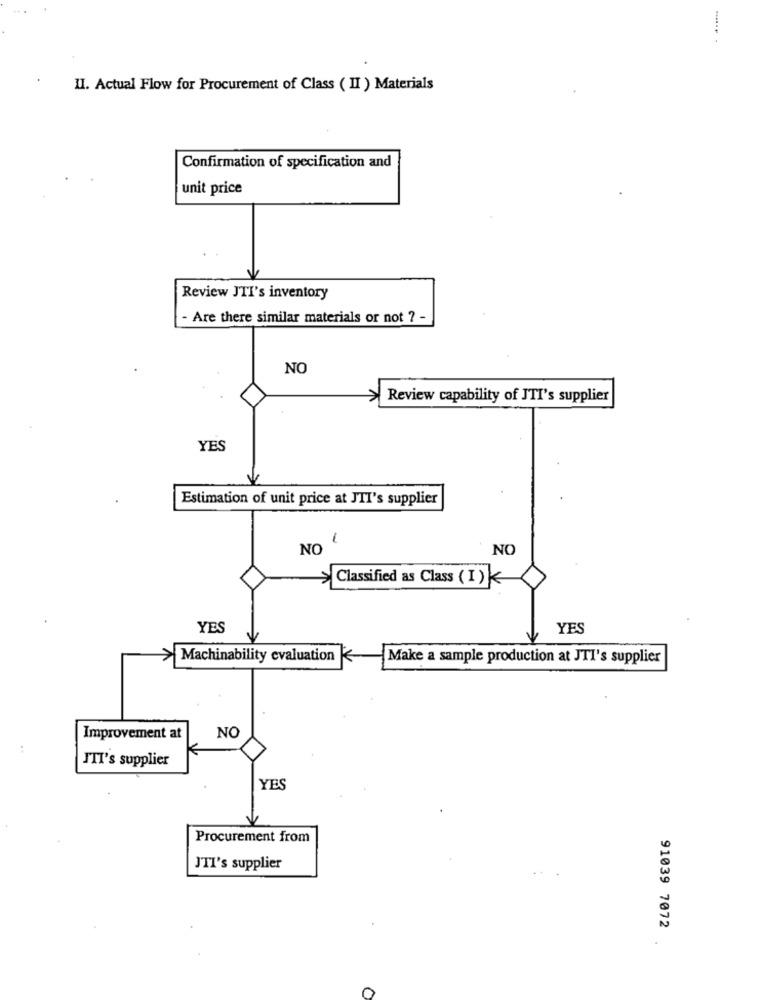
..
II. Actual Flow for Procurement of Class ( II ) Materials
Confirmation of specification and
unit price
Review JTI's inventory
- Are there similar materials or not ? -
NO
Review capability of JTI's supplier
YES
Estimation of unit price at JTI's supplier
-
NO
NC
>Classified as Class (I)
YES
YES
>Machinability evaluation
K
Make a sample production at JTI's supplier
Improvement at
NO
JIT's supplier
YES
Procurement from
JTI's supplier
91039 7072